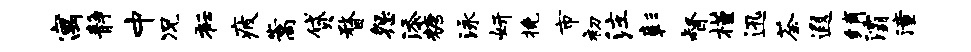
寓静中况衽疲嵩贷瞀怨添糖泳妍挽市初注彰督槿迅荼遐绡灞潼